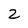
Character: 2